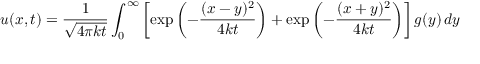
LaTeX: u ( x , t ) = { \frac { 1 } { \sqrt { 4 \pi k t } } } \int _ { 0 } ^ { \infty } \left[ \exp \left( - { \frac { ( x - y ) ^ { 2 } } { 4 k t } } \right) + \exp \left( - { \frac { ( x + y ) ^ { 2 } } { 4 k t } } \right) \right] g ( y ) \, d y